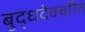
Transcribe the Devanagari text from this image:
बुद्धदेवचरित